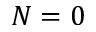
N = 0